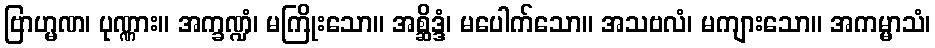
ဗြာဟ္မဏ၊ ပုဏ္ဏား။ အက္ခဏ္ဍံ၊ မကြိုးသော။ အစ္ဆိဒ္ဒံ၊ မပေါက်သော။ အသဗလံ၊ မကျားသော။ အကမ္မာသံ၊